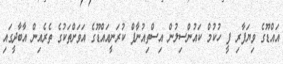
އައްޑޫގެ ވިޔަފާރި ފީ ހުކުމް ކައުންސިލުން އިސްތިއުނާފް ކުރަނީއައްޑޫގެ އަވަށްތަކުގެ ތެރެއިން އާބާދީގައި